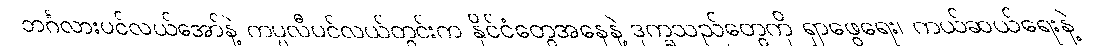
ဘင်္ဂလားပင်လယ်အော်နဲ့ ကပ္ပလီပင်လယ်တွင်းက နိုင်ငံတွေအနေနဲ့ ဒုက္ခသည်တွေကို ရှာဖွေရေး၊ ကယ်ဆယ်ရေးနဲ့